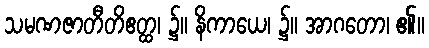
သမဏဇာတီတိဧတ္ထ၊ ၌။ နိကာယေ၊ ၌။ အာဂတော၊ ၏။